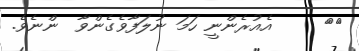
٤٢     އެއުރެންނީ ހަމަ ނުލަފާވެގެންވާ  ންނެވެ.